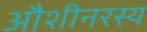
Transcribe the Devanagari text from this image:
औशीनरस्य